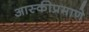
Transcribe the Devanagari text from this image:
आस्कीप्रमाणे